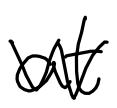
Text: at
Cross-out: zig-zag
Writing tool: digital_black